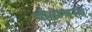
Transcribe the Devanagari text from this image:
चीतम्बरम